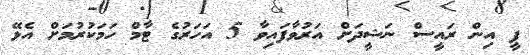
ޕީ އިން ރައީސް ނަޝީދަށް އަރުވާފައިވާ 5 އަހަރުގެ ޓާމް ހަމަކުރުމަށް އެޅޭ